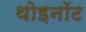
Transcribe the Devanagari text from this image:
थोइनॉट